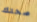
صحتك